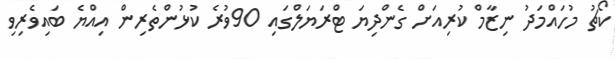
ކޯޗު މުހައްމަދު ނިޒާމް ކުރިއަށް ގެންދިޔަ ޓްރަޔަލްގައި 90ވުރެ ކުޅުންތެރިން އިއްޔެ ބައިވެރިވި